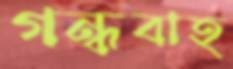
গন্ধবাহ